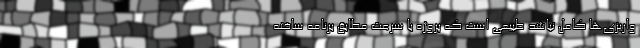
واریزی‌ها کامل نباشد طبیعی است که پروژه با سرعت مطابق برنامه ساخته